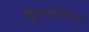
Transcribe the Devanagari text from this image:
वृत्तपत्रांपेक्षा